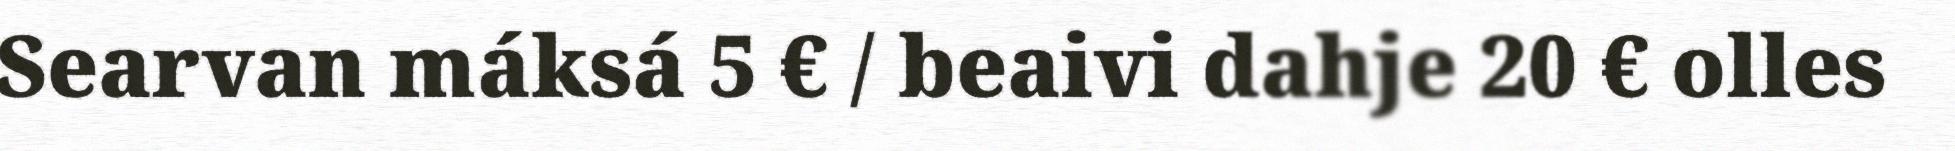
Searvan máksá 5 € / beaivi dahje 20 € olles